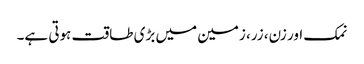
نمک اور زن، زر، زمین میں بڑی طاقت ہوتی ہے۔